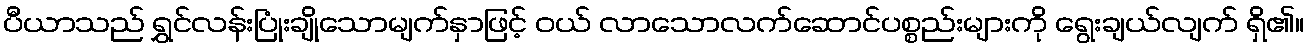
ပီယာသည် ရွှင်လန်းပြုံးချိုသောမျက်နှာဖြင့် ဝယ် လာသောလက်ဆောင်ပစ္စည်းများကို ရွေးချယ်လျက် ရှိ၏။